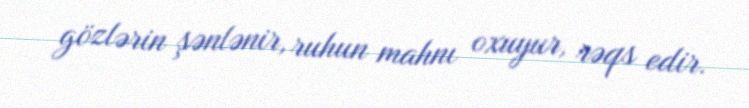
gözlərin şənlənir, ruhun mahnı oxuyur, rəqs edir.